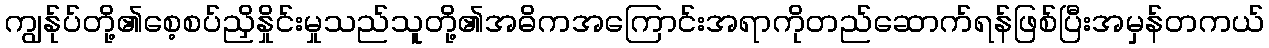
ကျွန်ုပ်တို့၏စေ့စပ်ညှိနှိုင်းမှုသည်သူတို့၏အဓိကအကြောင်းအရာကိုတည်ဆောက်ရန်ဖြစ်ပြီးအမှန်တကယ်